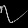
Digit: ၇